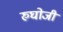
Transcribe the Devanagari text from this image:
रुघोजी